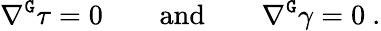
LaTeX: \nabla^{\mathtt{G}}\tau=0\qquad\mathrm{and}\qquad\nabla^{\mathtt{G}}\gamma=0\ .